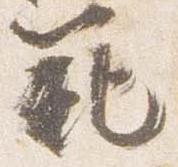
範